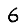
Digit: 6